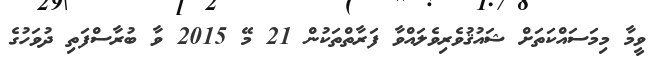
ވީމާ މިމަސައްކަތަށް ޝައުޤުވެރިވެލައްވާ ފަރާތްތަކުން 21 މޭ 2015 ވާ ބުރާސްފަތި ދުވަހުގެ